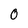
Character: 0